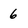
Character: 6